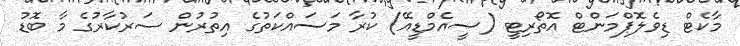
މާކެޓް ޑިވެލޮޕްމަންޓް އޮތޯރިޓީ (ސީއެމްޑީއޭ) ކުރާ މަސައްކަތުގެ އިތުރުން ސަރުކާރުގެ މާ ބޮޑު